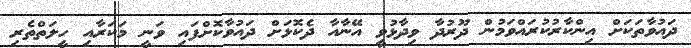
ދައުވާތަކަށް އިންކާރުކުރައްވަމުން ދޫރުދާ ވިދާޅުވީ އޭނާއާ ދެކޮޅަށް ދައުވާކޮށްފައި ވަނީ މަކަރާއި ހީލަތްތެރި